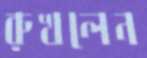
রুখলেন